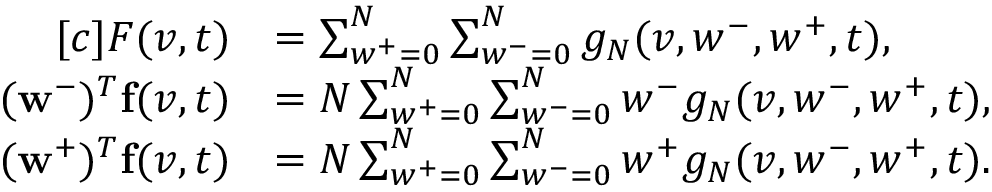
\begin{array} { r } { \begin{array} { r l } { [ c ] F ( v , t ) } & { = \sum _ { w ^ { + } = 0 } ^ { N } \sum _ { w ^ { - } = 0 } ^ { N } g _ { N } ( v , w ^ { - } , w ^ { + } , t ) , } \\ { ( \mathbf { w } ^ { - } ) ^ { T } \mathbf { f } ( v , t ) } & { = N \sum _ { w ^ { + } = 0 } ^ { N } \sum _ { w ^ { - } = 0 } ^ { N } w ^ { - } g _ { N } ( v , w ^ { - } , w ^ { + } , t ) , } \\ { ( \mathbf { w } ^ { + } ) ^ { T } \mathbf { f } ( v , t ) } & { = N \sum _ { w ^ { + } = 0 } ^ { N } \sum _ { w ^ { - } = 0 } ^ { N } w ^ { + } g _ { N } ( v , w ^ { - } , w ^ { + } , t ) . } \end{array} } \end{array}